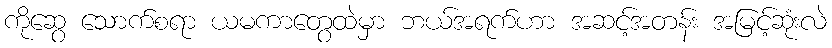
ကိုဆွေ သောက်စရာ ယမကာတွေထဲမှာ ဘယ်အရက်ဟာ အဆင့်အတန်း အမြင့်ဆုံးလဲ